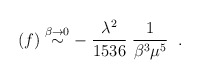
\begin{align*}(f) \stackrel {\beta \rightarrow 0} {\sim}- \; \frac{\lambda^2}{1536} \; {1\over {\beta^3 \mu^5}} \; \; .\end{align*}